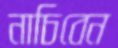
নাচিবেন